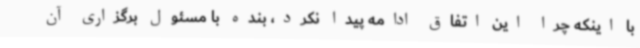
با اینکه چرا این اتفاق ادامه پیدا نکرد، بنده با مسئول برگزاری آن